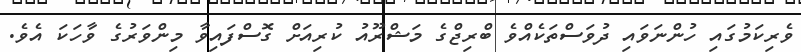
ވެރިކަމުގައި ހުންނަވައި ދުވަސްތަކެއްވެ ބްރިޖްގެ މަޝްރޫއު ކުރިއަށް ގޮސްފައިވާ މިންވަރުގެ ވާހަކަ އެވެ.